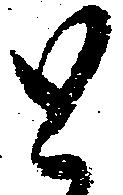
と